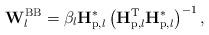
LaTeX: \begin{align*}\mathbf{W}^{\mathrm{BB}}_l = \beta_l \mathbf{H}_{\mathrm{p},l}^* \left(\mathbf{H}_{\mathrm{p},l}^\mathrm{T} \mathbf{H}_{\mathrm{p},l}^* \right)^{-1},\end{align*}